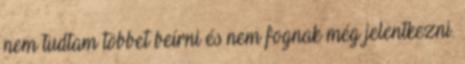
nem tudtam többet beírni és nem fognak még jelentkezni.